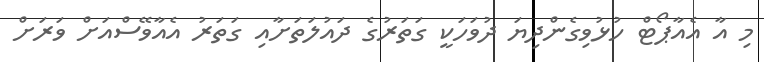
މި އާ އެއާޕޯޓް ހުޅުވިގެންދިޔަ ދުވަހަކީ ގަތަރުގެ ދައުލަތަށާއި ގަތަރު އެއާވޭސްއަށް ވަރަށް